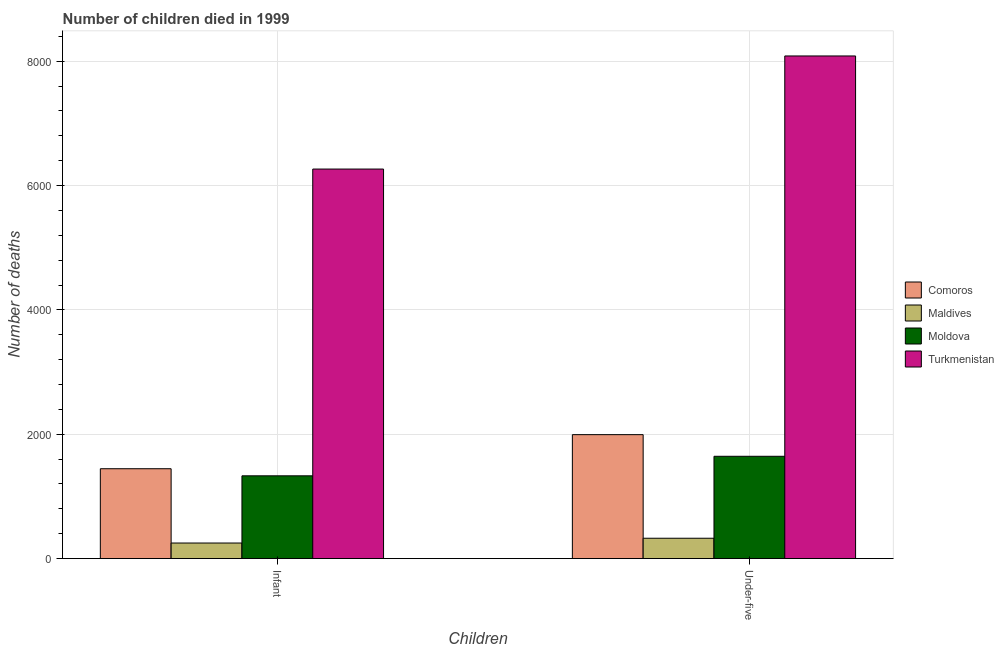
| Children | Comoros | Maldives | Moldova | Turkmenistan |
 | --- | --- | --- | --- | --- |
 | Infant | 1.44e+03 | 250 | 1.33e+03 | 6.26e+03 |
 | Under-five | 1.99e+03 | 327 | 1.64e+03 | 8.08e+03 |